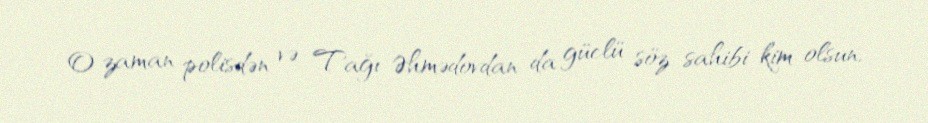
O zaman polisdən və Tağı Əhmədovdan da güclü söz sahibi kim olsun,